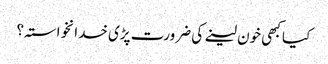
کیا کبھی خون لینے کی ضرورت پڑی خدانخواستہ؟